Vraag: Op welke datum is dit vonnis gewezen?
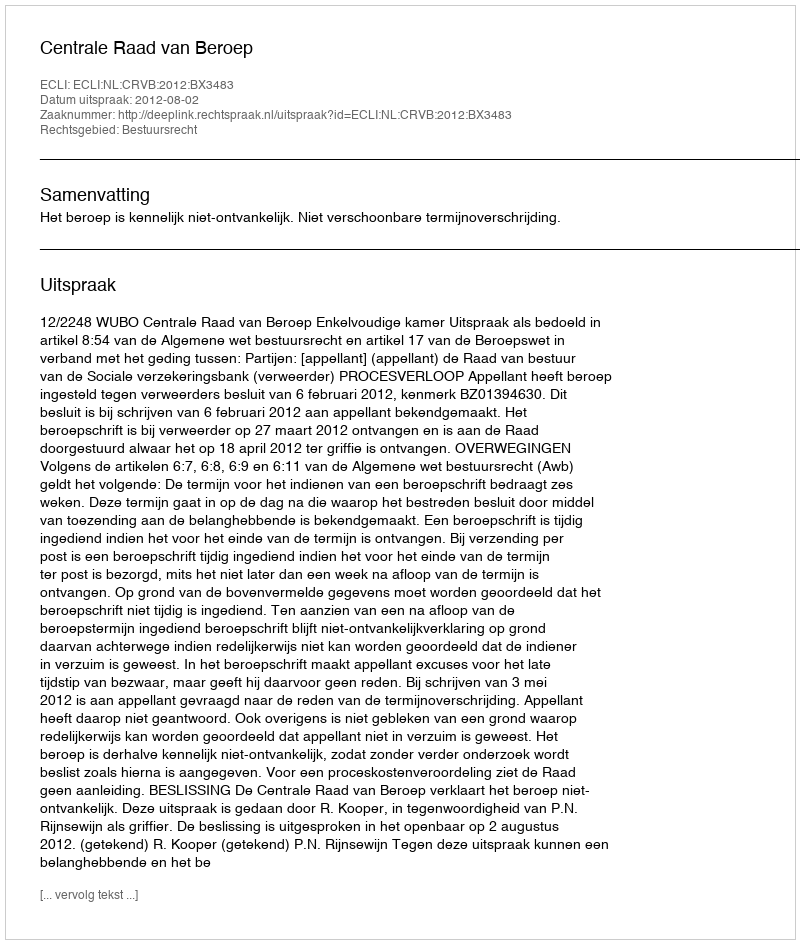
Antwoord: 2012-08-02